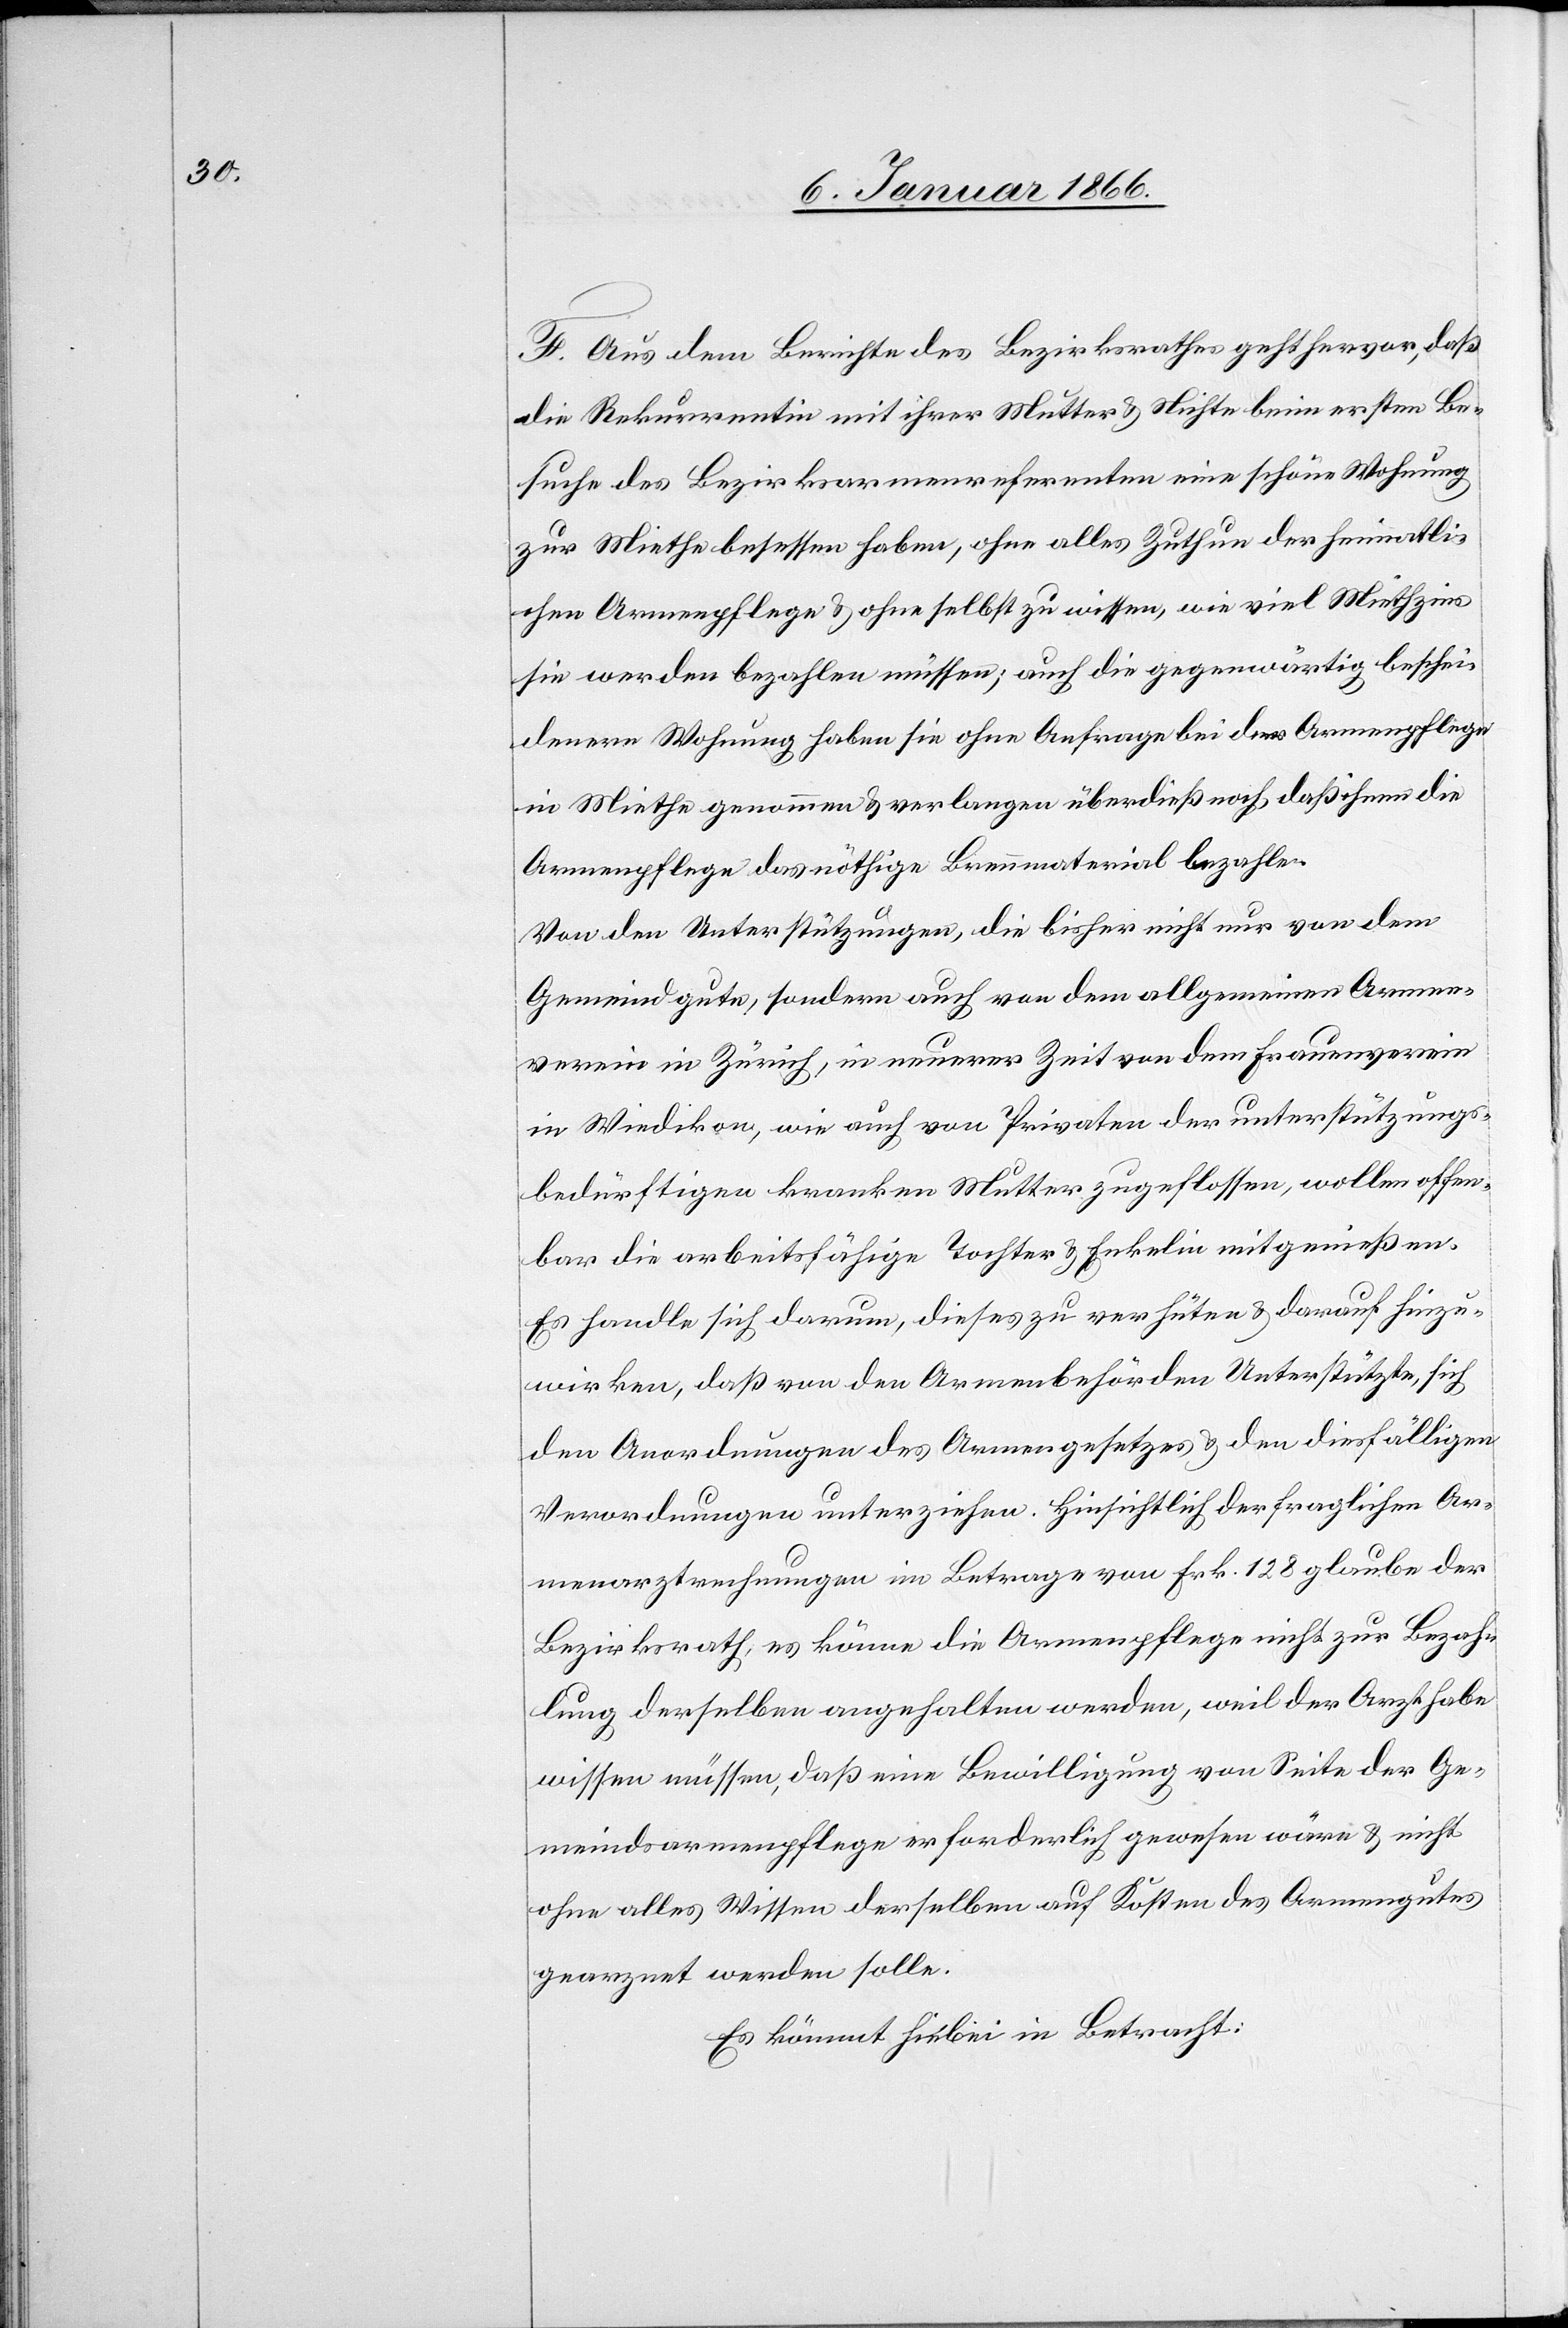
F. Aus dem Berichte des Bezirksrathes geht hervor, daß
die Rekurrentin mit ihrer Mutter u. Nichte beim ersten Be¬
suche des Bezirksarmenreferenten eine schöne Wohnung
zur Miethe besessen haben, ohne alles Zuthun der heimatli¬
chen Armenpflege u. ohne selbst zu wissen, wie viel Mietzins
sie werden bezahlen müssen; auch die gegenwärtig beschei¬
denere Wohnung haben sie ohne Anfrage bei der Armenpflege
in Miethe genommen u. verlangen überdieß noch, daß ihnen die
Armenpflege das nöthige Brennmaterial bezahle.
Von den Unterstützungen, die bisher nicht nur von dem
Gemeindgute, sondern auch von dem allgemeinen Armen¬
verein in Zürich, in neuerer Zeit von dem Frauenverein
in Wiedikon, wie auch von Privaten der unterstützungs¬
bedürftigen kranken Mutter zugeflossen, wollen offen¬
bar die arbeitsfähige Tochter u. Enkelin mitgenießen.
Es handle sich darum, dieses zu verhüten u. darauf hinzu¬
wirken, daß von den Armenbehörden Unterstützte, sich
den Anordnungen des Armengesetzes u. den diesfälligen
Verordnungen unterziehen. Hinsichtlich der fraglichen Ar¬
menarztrechnungen im Betrage von Frk. 128 glaube der
Bezirksrath, es könne die Armenpflege nicht zur Bezah¬
lung derselben angehalten werden, weil der Arzt habe
wissen müssen, daß eine Bewilligung von Seite der Ge¬
meindsarmenpflege erforderlich gewesen wäre u. nicht
ohne alles Wissen derselben auf Kosten des Armengutes
gearznet werden solle.
Es kömmt hiebei in Betracht: